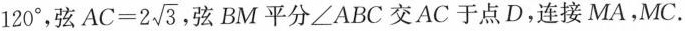
1 2 0°$$，弦 $$A C = 2 \sqrt { 3 }$$ ，弦BM平分∠ABC交AC于点D，连接MA,MC.